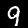
Label: 9